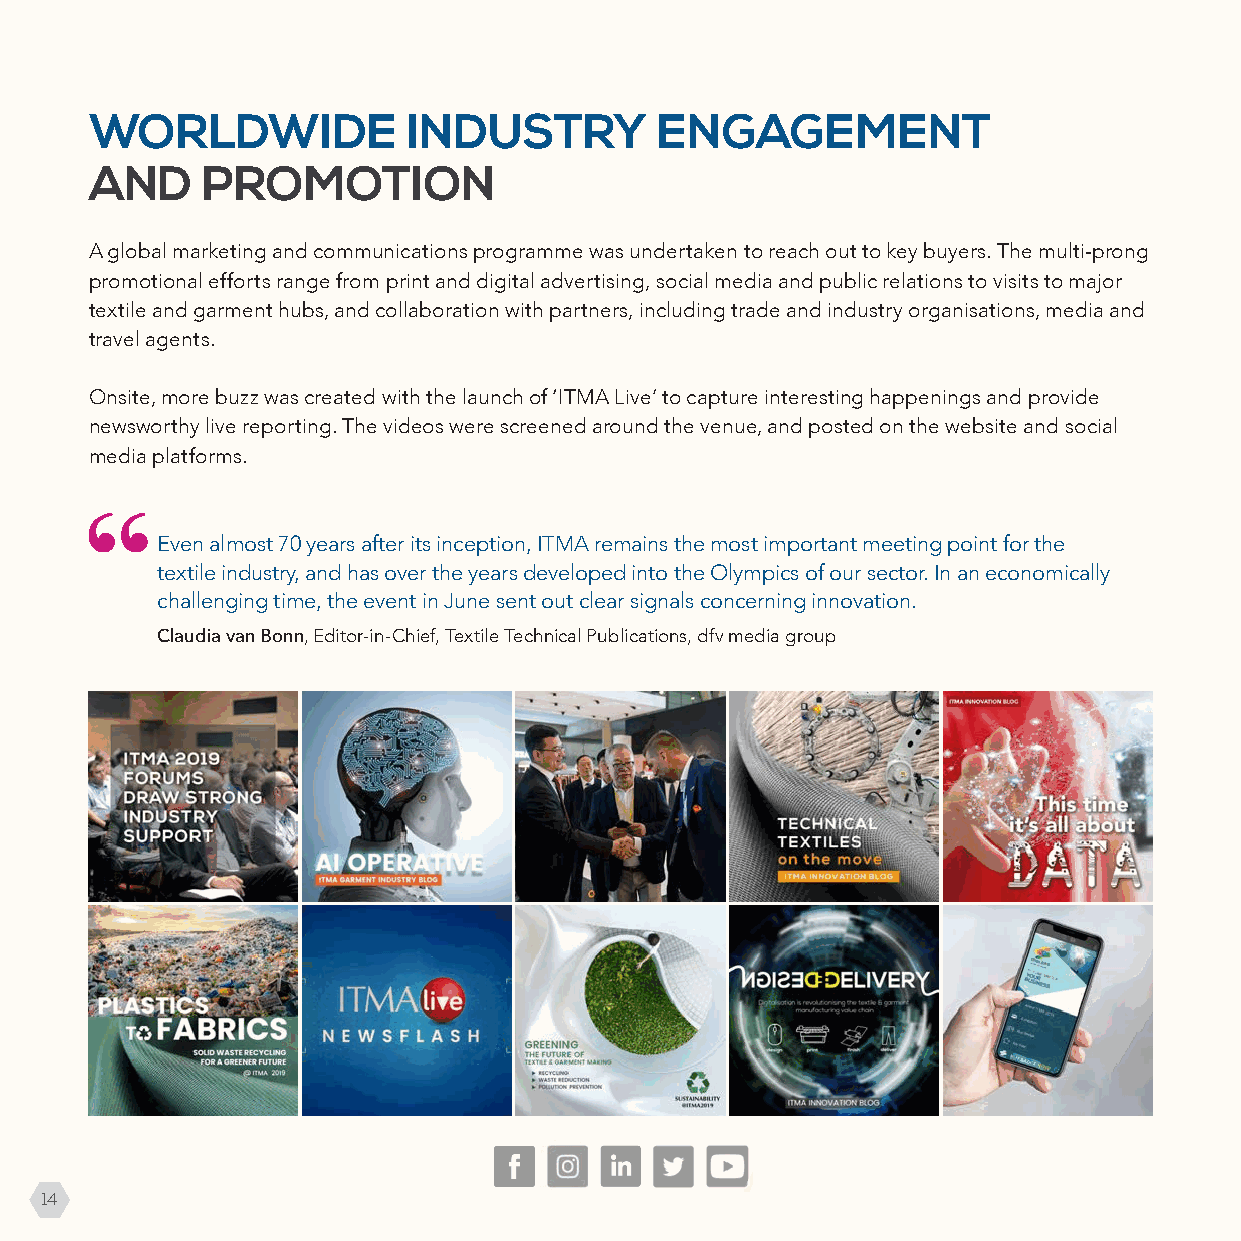
WORLDWIDE            INDUSTRY        ENGAGEMENT
 AND    PROMOTION
 A global marketing and communications programme was undertaken to reach out to key buyers. The multi-prong
 promotional efforts range from print and digital advertising, social media and public relations to visits to major
 textile and garment hubs, and collaboration with partners, including trade and industry organisations, media and
 travel agents.
 Onsite, more buzz was created with the launch of ‘ITMA Live’ to capture interesting happenings and provide
 newsworthy live reporting. The videos were screened around the venue, and posted on the website and social
 media platforms.
 Even almost 70 years after its inception, ITMA remains the most important meeting point for the
 textile industry, and has over the years developed into the Olympics of our sector. In an economically
 challenging time, the event in June sent out clear signals concerning innovation.
 Claudia van Bonn, Editor-in-Chief, Textile Technical Publications, dfv media group
 14